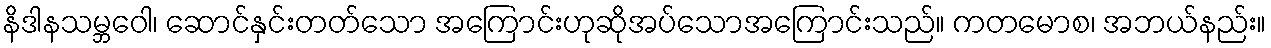
နိဒါနသမ္ဘဝေါ၊ ဆောင်နှင်းတတ်သော အကြောင်းဟုဆိုအပ်သောအကြောင်းသည်။ ကတမောစ၊ အဘယ်နည်း။